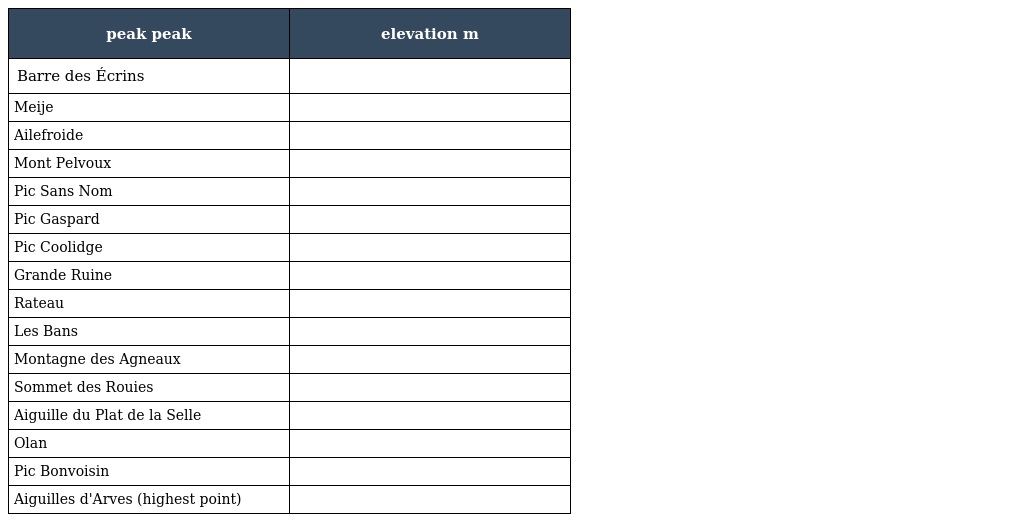
| peak peak | elevation m |
 | --- | --- |
 | Barre des Écrins |  |
 | Meije |  |
 | Ailefroide |  |
 | Mont Pelvoux |  |
 | Pic Sans Nom |  |
 | Pic Gaspard |  |
 | Pic Coolidge |  |
 | Grande Ruine |  |
 | Rateau |  |
 | Les Bans |  |
 | Montagne des Agneaux |  |
 | Sommet des Rouies |  |
 | Aiguille du Plat de la Selle |  |
 | Olan |  |
 | Pic Bonvoisin |  |
 | Aiguilles d'Arves (highest point) |  |